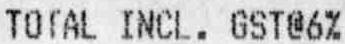
TOTAL INCL. GST@6%